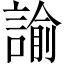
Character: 諭